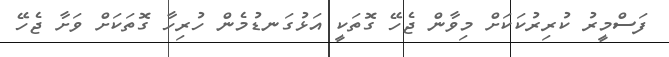
ފަސްމީރު ކުރިރުކަކަށް މިވާން ޖެހޭ ގޮތަކީ އަޅުގަނޑުމެން ހުރިހާ ގޮތަކަށް ވަށާ ޖެހޭ